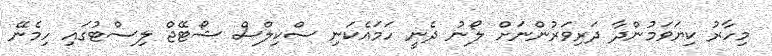
މިހާރު ކިޔަވަމުންދާ ދަރިވަރުންނަށް ލޯނު ދެނީ ހަމައެކަނި ސްކިލްސް ޝޯޓޭޖް ލިސްޓުގައި ހިމެނޭ